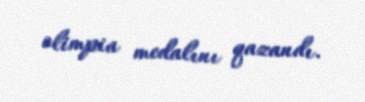
olimpia medalını qazandı.